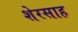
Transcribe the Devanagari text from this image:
शेरसाह